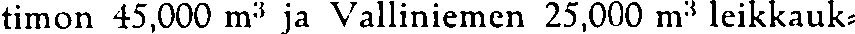
timon 45,000 m³ ja Valliniemen 25,000 m³ leikkauk-